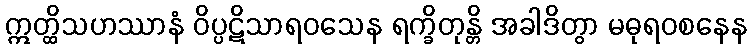
ဣတ္ထိသဟဿာနံ ဝိပ္ပဋိသာရဝသေန ရက္ခိတုန္တိ အခါဒိတွာ မဓုရဝစနေန